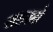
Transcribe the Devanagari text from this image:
सहस्रो